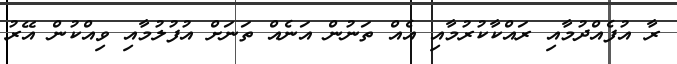
ރާ އުފެއްދުމާއި ރައްކާކުރުމާއި އެއް ތަނުން އަނެއް ތަނަށް އުފުލުމާއި ވިއްކުން އޭރު